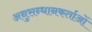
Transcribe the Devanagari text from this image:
अनुसन्धानकर्ताओं